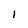
Character: 1